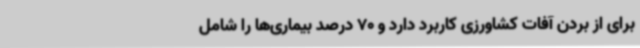
برای از بردن آفات کشاورزی کاربرد دارد و 70 درصد بیماری‌ها را شامل